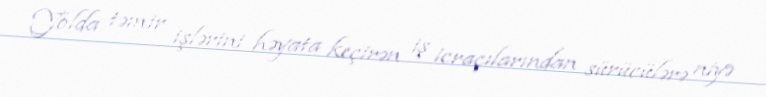
Yolda təmir işlərini həyata keçirən iş icraçılarından sürücülərə niyə